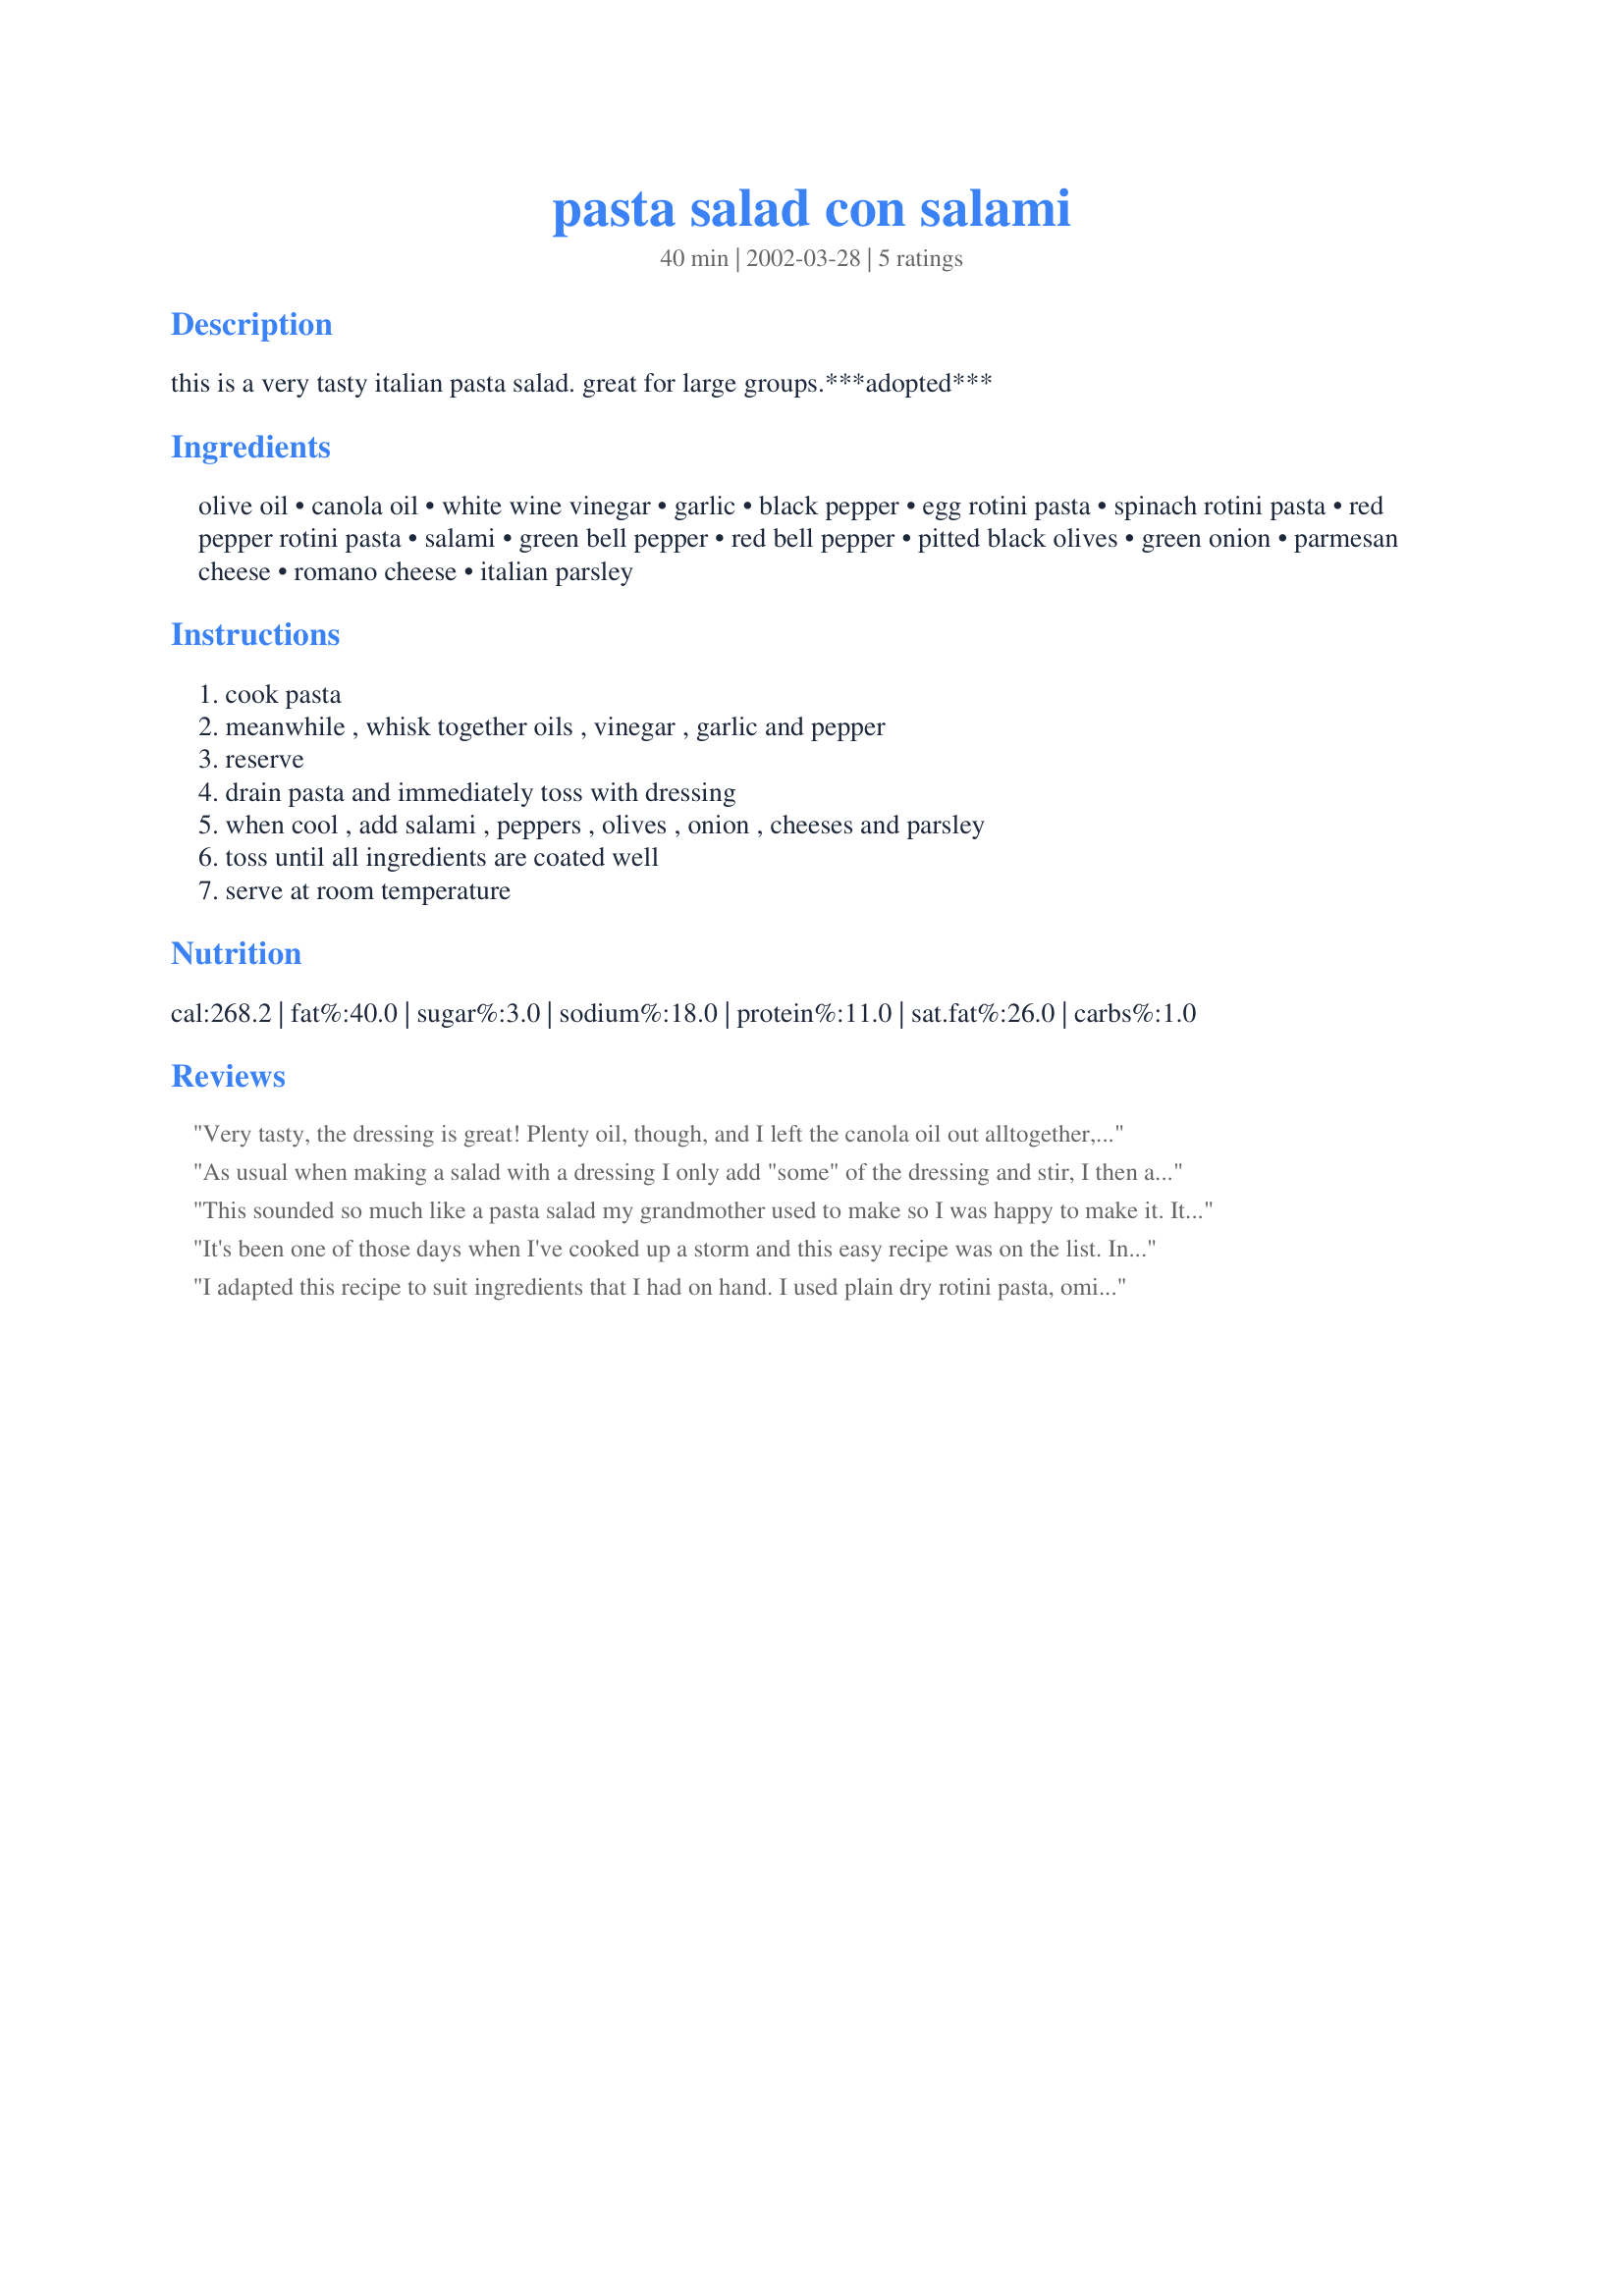
pasta salad con salami
Preparation time: 40 minutes

this is a very tasty italian pasta salad. great for large groups.***adopted***

Ingredients:
olive oil, canola oil, white wine vinegar, garlic, black pepper, egg rotini pasta, spinach rotini pasta, red pepper rotini pasta, salami, green bell pepper, red bell pepper, pitted black olives, green onion, parmesan cheese, romano cheese, italian parsley

Steps:
cook pasta, meanwhile , whisk together oils , vinegar , garlic and pepper, reserve, drain pasta and immediately toss with dressing, when cool , add salami , peppers , olives , onion , cheeses and parsley, toss until all ingredients are coated well, serve at room temperature

Reviews:
Very tasty, the dressing is great! Plenty oil, though, and I left the canola oil out alltogether, and never missed it with all that lovely olive oil still in there. Also, we thought the olives where bit overpowering, and I will reduce them to 1-11/2 cup next time.
As usual when making a salad with a dressing I only add "some" of the dressing and stir, I then add "some" more dressing until I get just the amount I desire. Have never had to much dressing on a salad when made in this manner. This salad gave my hubby a very happy mouth. He did request sliced pepperoni in addition to the salami. I was happy to oblige as it only made the salad better.
This sounded so much like a pasta salad my grandmother used to make so I was happy to make it. It was just drenched in oil!I used tri color pasta. Could a whole cup of oil be right? I'm sorry I wanted to love this but it was just too oily. It lacked flavor too. No one wanted to eat this and it remained untouched. Sorry.
It's been one of those days when I've cooked up a storm and this easy recipe was on the list.

In my opinion, I can't imagine why anyone would say this recipe was lacking in flavor; just look at the ingredient list. It's impossible. I used fresh, high quality ingredients and this salad was fantastic. I did add a bit of dried (on the stem) oregano and 1/3 c. of sweet soprasetta. I don't think they changed the recipe by much, only tweaked it to my particular taste. 

If you are one of the many people who tends to boil a package of dry pasta and dump in a bottle of Italian salad dressing and some chopped veggies, treat yourself and your guests to a proper pasta salad.


I adapted this recipe to suit ingredients that I had on hand. I used plain dry rotini pasta, omitted the red pepper, added extra garlic, red onion, grape tomatoes, and broccoli, and subbed pepperoni for the salami. It was a beautiful and flavorful pasta salad. I am sure that everyone will love it. Thanks for posting.
